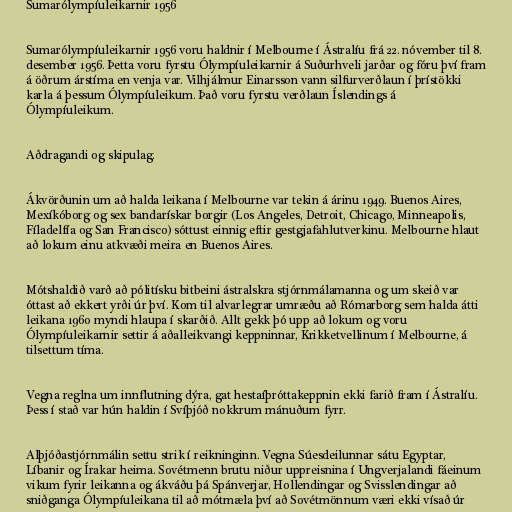
Sumarólympíuleikarnir 1956

Sumarólympíuleikarnir 1956 voru haldnir í Melbourne í Ástralíu frá 22. nóvember til 8.
desember 1956. Þetta voru fyrstu Ólympíuleikarnir á Suðurhveli jarðar og fóru því fram
á öðrum árstíma en venja var. Vilhjálmur Einarsson vann silfurverðlaun í þrístökki
karla á þessum Ólympíuleikum. Það voru fyrstu verðlaun Íslendings á
Ólympíuleikum.

Aðdragandi og skipulag.

Ákvörðunin um að halda leikana í Melbourne var tekin á árinu 1949. Buenos Aires,
Mexíkóborg og sex bandarískar borgir (Los Angeles, Detroit, Chicago, Minneapolis,
Fíladelfía og San Francisco) sóttust einnig eftir gestgjafahlutverkinu. Melbourne hlaut
að lokum einu atkvæði meira en Buenos Aires.

Mótshaldið varð að pólitísku bitbeini ástralskra stjórnmálamanna og um skeið var
óttast að ekkert yrði úr því. Kom til alvarlegrar umræðu að Rómarborg sem halda átti
leikana 1960 myndi hlaupa í skarðið. Allt gekk þó upp að lokum og voru
Ólympíuleikarnir settir á aðalleikvangi keppninnar, Krikketvellinum í Melbourne, á
tilsettum tíma.

Vegna reglna um innflutning dýra, gat hestaíþróttakeppnin ekki farið fram í Ástralíu.
Þess í stað var hún haldin í Svíþjóð nokkrum mánuðum fyrr.

Alþjóðastjórnmálin settu strik í reikninginn. Vegna Súesdeilunnar sátu Egyptar,
Líbanir og Írakar heima. Sovétmenn brutu niður uppreisnina í Ungverjalandi fáeinum
vikum fyrir leikanna og ákváðu þá Spánverjar, Hollendingar og Svisslendingar að
sniðganga Ólympíuleikana til að mótmæla því að Sovétmönnum væri ekki vísað úr